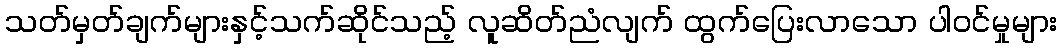
သတ်မှတ်ချက်များနှင့်သက်ဆိုင်သည့် လူဆိတ်ညံလျက် ထွက်ပြေးလာသော ပါဝင်မှုများ